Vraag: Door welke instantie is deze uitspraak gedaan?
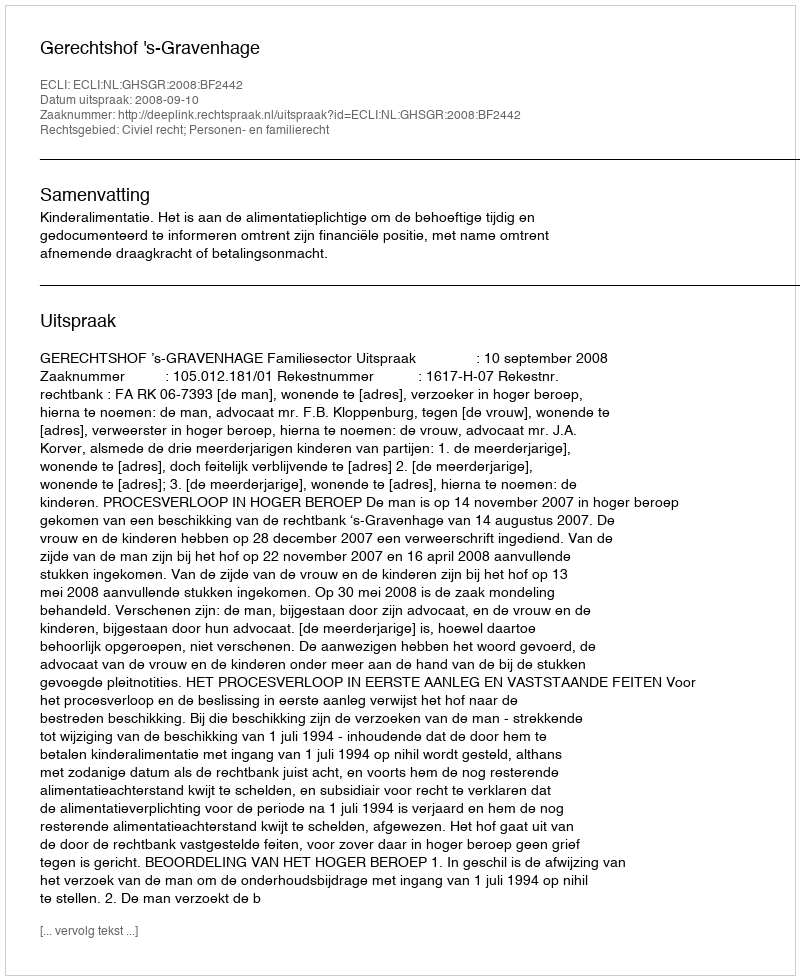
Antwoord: Gerechtshof 's-Gravenhage